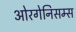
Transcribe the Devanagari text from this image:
ओरगेनिसम्स